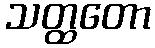
သတ္ထတော